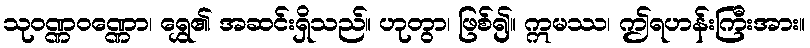
သုဝဏ္ဏဝဏ္ဏော၊ ရွှေ၏ အဆင်းရှိသည်။ ဟုတွာ၊ ဖြစ်၍။ ဣမဿ၊ ဤရဟန်းကြီးအား။